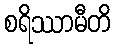
စရိဿာမီတိ